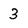
Character: 3